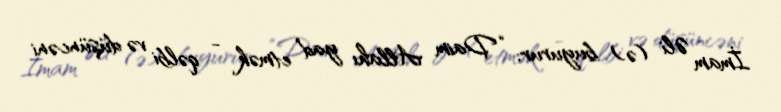
İmam Əli (ə) buyurur: “Daim Allahı yad etmək - qəlbi və düşüncəni